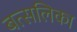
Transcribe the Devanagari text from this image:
बत्सलिका